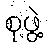
စုဖွဲ့